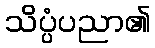
သိပ္ပံပညာ၏